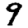
Digit: 9